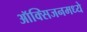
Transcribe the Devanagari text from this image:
ऑक्सिजनमध्ये